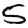
Digit: 5